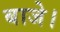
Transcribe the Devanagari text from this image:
बाजे।